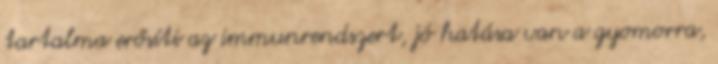
tartalma erősíti az immunrendszert, jó hatása van a gyomorra,